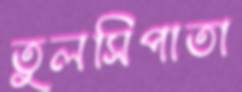
তুলসিপাতা